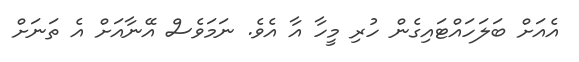
އެއަށް ބަލަހައްޓައިގެން ހުރި މީހާ އާ އެވެ. ނަމަވެސް އޭނާއަށް އެ ތަނަށް